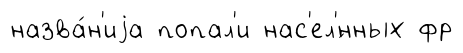
назва́н'иjа попал'и нас'ел'́нных фр